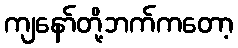
ကျနော်တို့ဘက်ကတော့